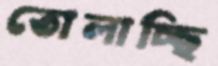
তোলাচ্ছি